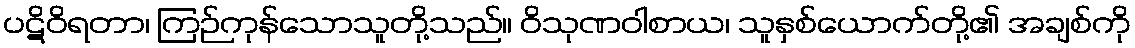
ပဋိဝိရတာ၊ ကြဉ်ကုန်သောသူတို့သည်။ ဝိသုဏဝါစာယ၊ သူနှစ်ယောက်တို့၏ အချစ်ကို